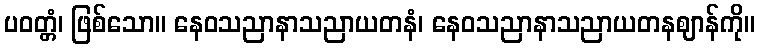
ပဝတ္တံ၊ ဖြစ်သော။ နေဝသညာနာသညာယတနံ၊ နေဝသညာနာသညာယတနဈာန်ကို။